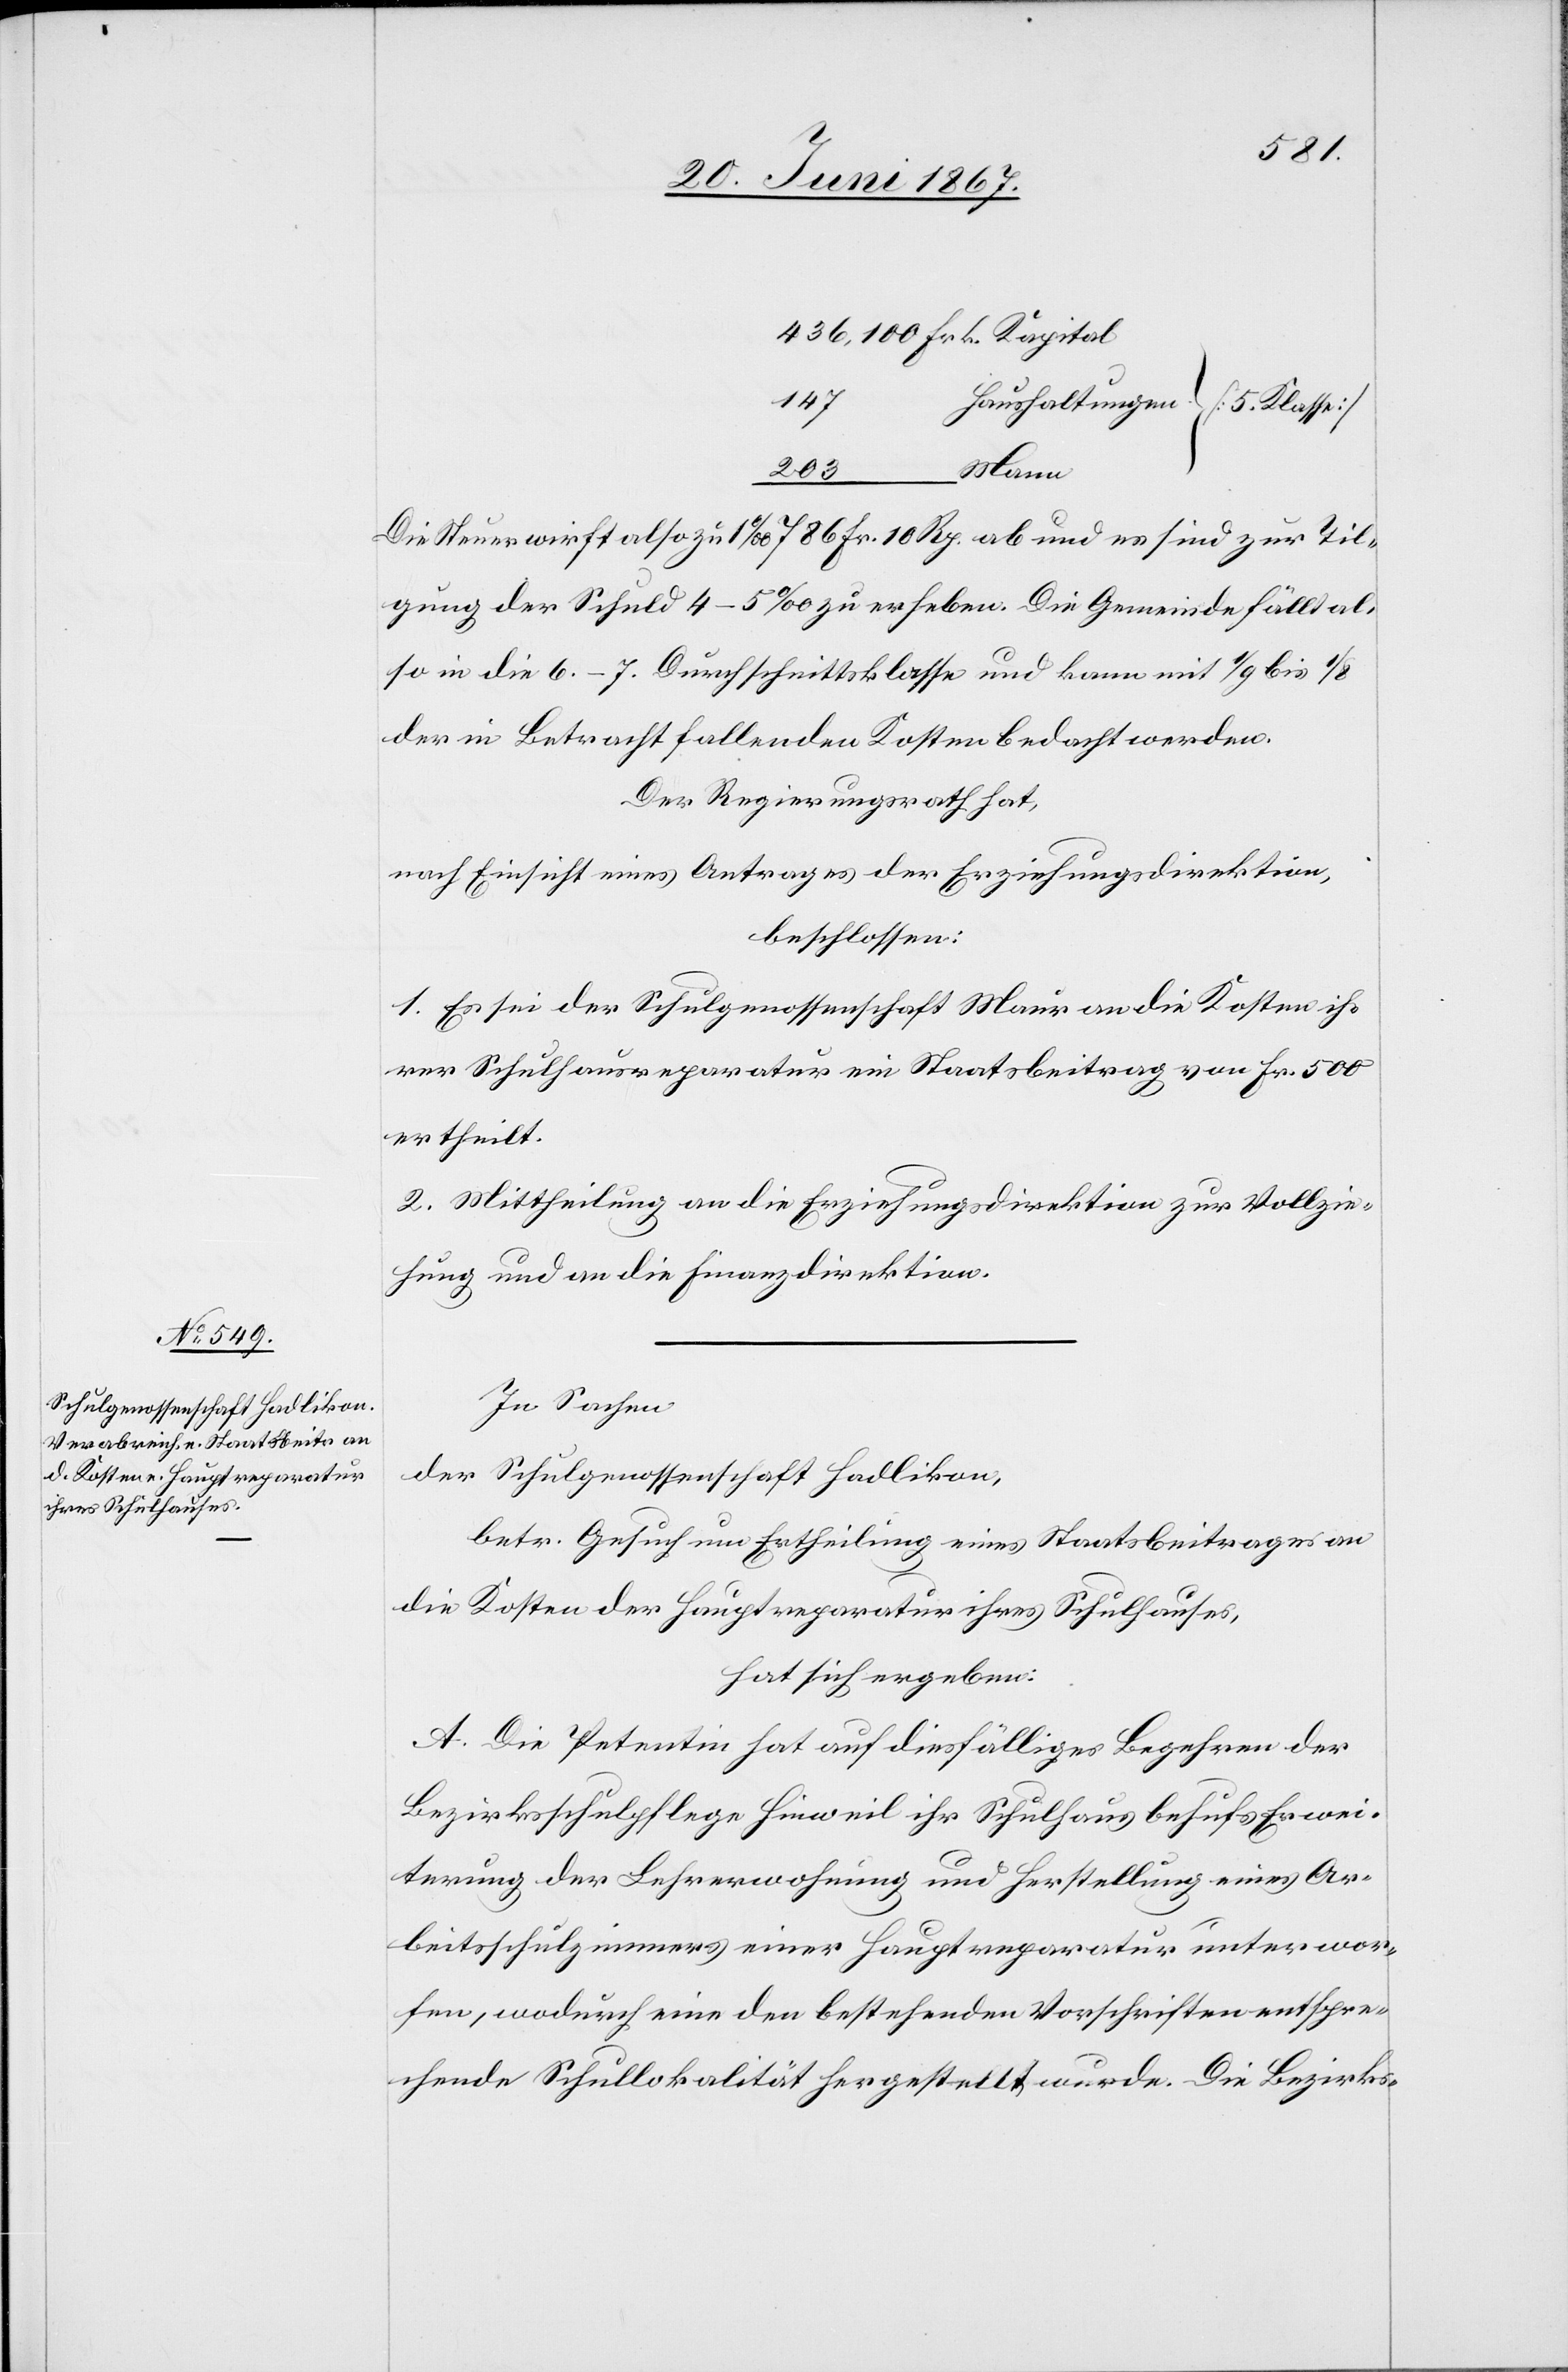
436 100 Frk. Kapital
147
203
Mann
Die Steuer wirft also zu 1 ‰ 786 Fr. 10 Rp. ab und es sind zur Til¬
gung der Schuld 4–5 ‰ zu erheben. Die Gemeinde fällt al¬
so in die 6.–7. Durchschnittsklasse und kann mit 1/9 bis 1/5
der in Betracht fallenden Kosten bedacht werden.
Der Regierungsrath hat,
nach Einsicht eines Antrages der Erziehungsdirektion,
beschlossen:
1. Es sei der Schulgenossenschaft Maur an die Kosten ih¬
rer Schulhausreparatur ein Staatsbeitrag von Frk. 500
ertheilt.
2. Mittheilung an die Erziehungsdirektion zur Vollzie¬
hung und an die Finanzdirektion.
In Sachen
der Schulgenossenschaft Hadlikon,
betr. Gesuch um Ertheilung eines Staatsbeitrages an
die Kosten der Hauptreparatur ihres Schulhauses,
hat sich ergeben:
A. Die Petentin hat auf diesfälliges Begehren der
Bezirksschulpflege Hinweil ihr Schulhaus behufs Erwei¬
terung der Lehrerwohnung und Erstellung eines Ar¬
beitsschulzimmers einer Hauptreparatur unterwor¬
fen, wodurch eine den bestehenden Vorschriften entspre¬
chende Schullokalität hergestellt wurde. Die Bezirks-